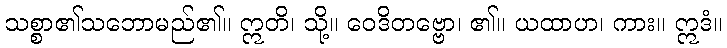
သစ္စာ၏သဘောမည်၏။ ဣတိ၊ သို့။ ဝေဒိတဗ္ဗော၊ ၏။ ယထာဟ၊ ကား။ ဣဒံ။